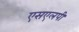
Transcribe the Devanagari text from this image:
एसएलपी